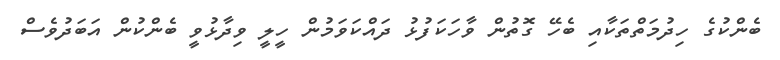
ބެންކުގެ ހިދުމަތްތަކާއި ބެހޭ ގޮތުން ވާހަކަފުޅު ދައްކަވަމުން ހީލީ ވިދާޅުވީ ބެންކުން އަބަދުވެސް